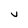
Character: v